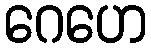
ဂေဟေ